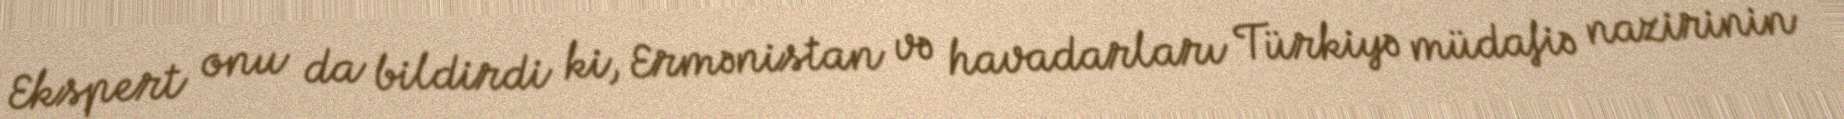
Ekspert onu da bildirdi ki, Ermənistan və havadarları Türkiyə müdafiə nazirinin